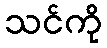
သင်ကို